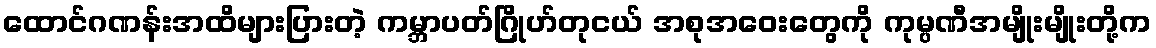
ထောင်ဂဏန်းအထိများပြားတဲ့ ကမ္ဘာပတ်ဂြိုဟ်တုငယ် အစုအဝေးတွေကို ကုမ္ပဏီအမျိုးမျိုးတို့က